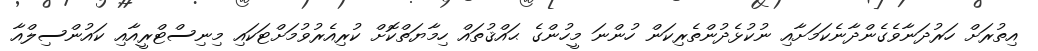
އިތުރަށް ހަރުދަނާވެގެންދާނެކަމަށާއި ނުކުޅެދުންތެރިކަން ހުންނަ މީހުންގެ ޙައްޤުތައް ހިމާޔަތްކޮށް ކުރިއެރުވުމަށްޓަކައި މިނިސްޓްރީއާއި ކައުންސިލްއާ